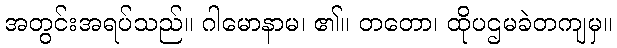
အတွင်းအရပ်သည်။ ဂါမောနာမ၊ ၏။ တတော၊ ထိုပဌမခဲတကျမှ။